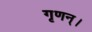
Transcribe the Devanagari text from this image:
गृणन्।